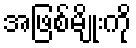
အဖြစ်မျိုးကို